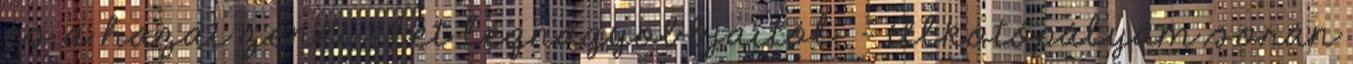
és a hazai zenei élet legnagyobbjaitól. – Alkotópályám során